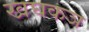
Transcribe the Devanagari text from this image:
खघकञ